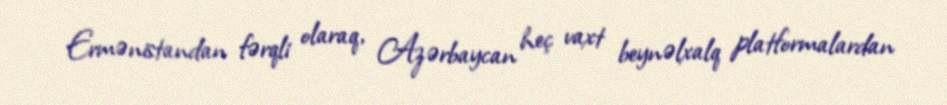
Ermənistandan fərqli olaraq, Azərbaycan heç vaxt beynəlxalq platformalardan